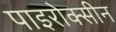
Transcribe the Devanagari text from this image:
पाइरोक्सीन